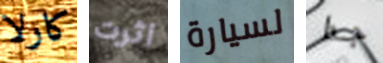
كارلا اثرت لسيارة جدا